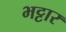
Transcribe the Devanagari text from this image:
भट्टार